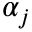
\alpha _ { j }